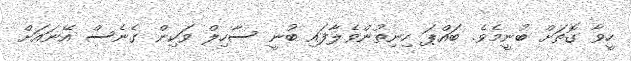
ހީވާ ގޮތަށް ބުނީމެވެ. ބައްޕަ ހިނިތުންވެލާފައި ބުނީ ސާހިލް ވަކިން ގެނެސް އޭނައަށް